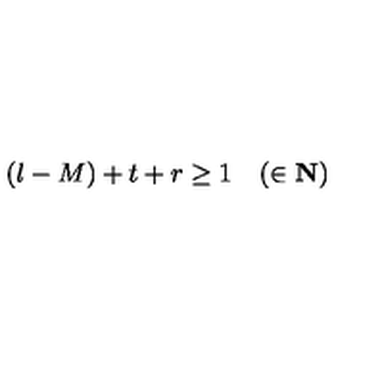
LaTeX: ( l - M ) + t + r \geq 1 \quad ( \in \bf { N } )